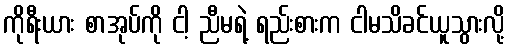
ကိုရီးယား စာအုပ်ကို ငါ့ ညီမရဲ့ ရည်းစားက ငါမသိခင်ယူသွားလို့